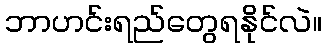
ဘာဟင်းရည်တွေရနိုင်လဲ။